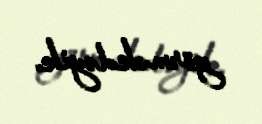
görməkdəyik.